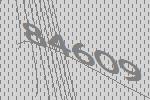
84609